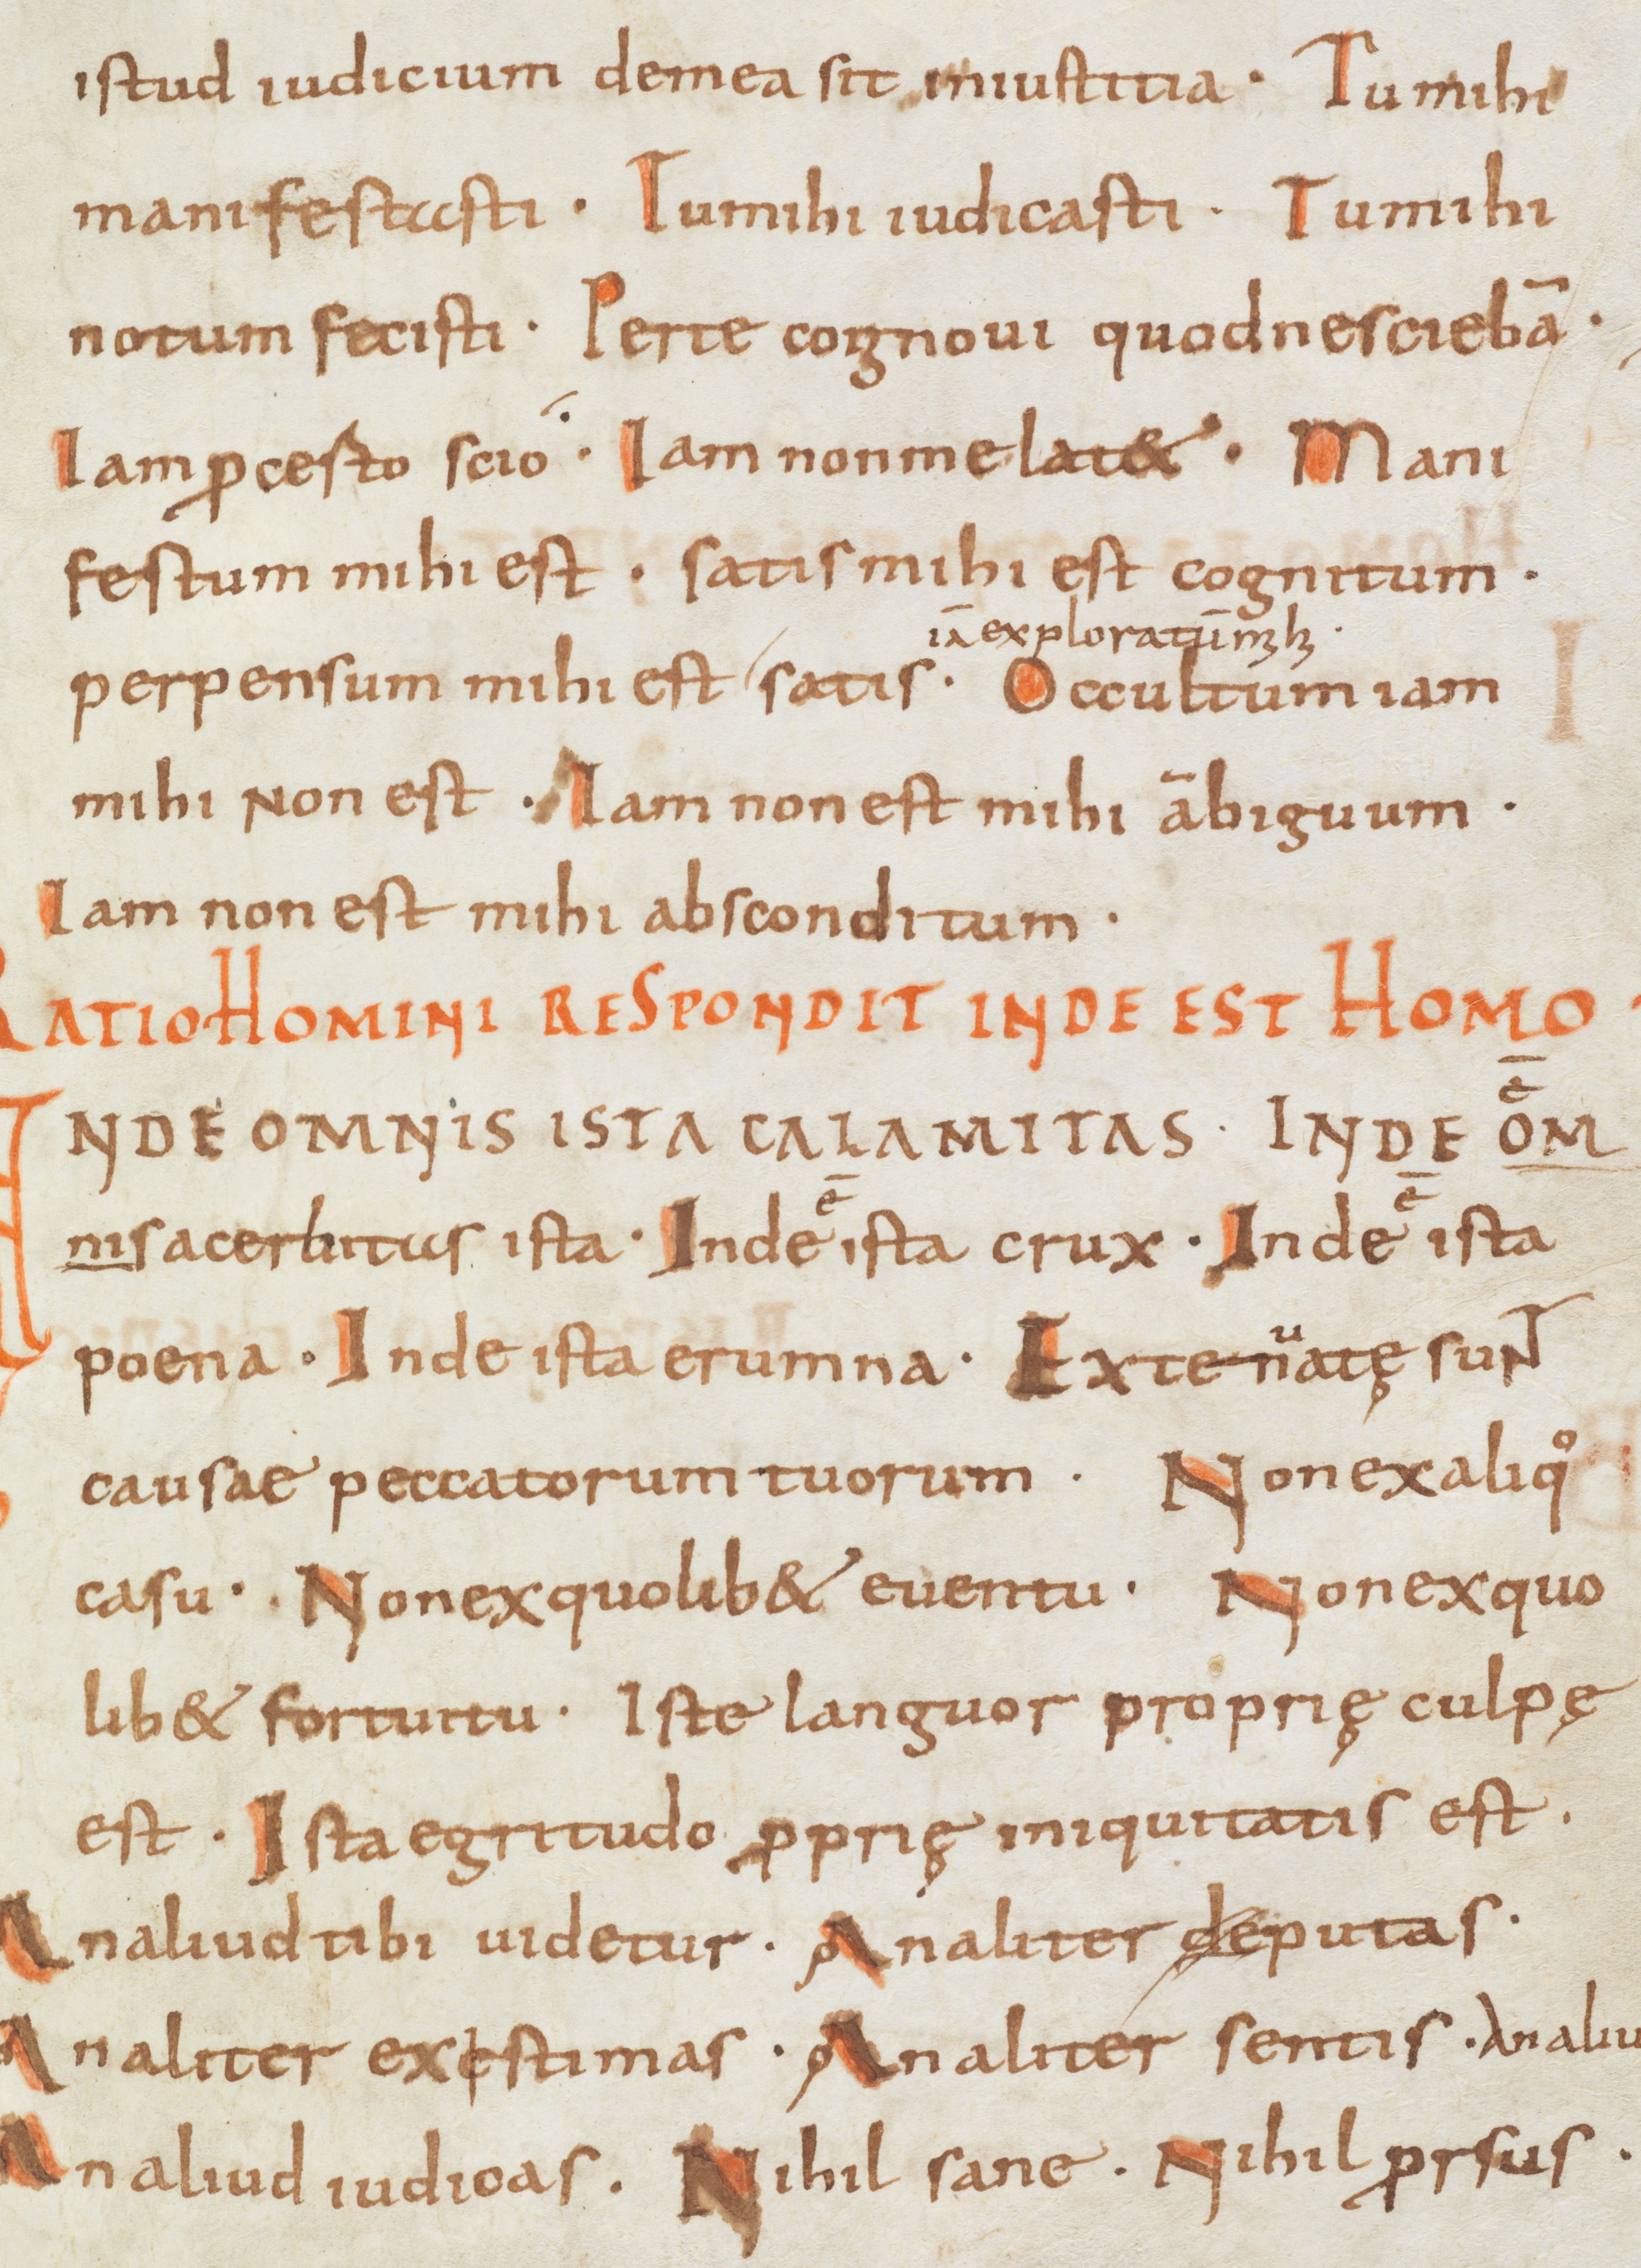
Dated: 866–899